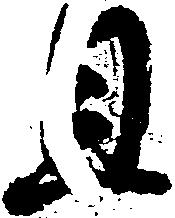
且